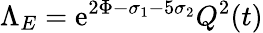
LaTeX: \Lambda_{E}=\mathrm{e}^{2\Phi-\sigma_{1}-5\sigma_{2}}Q^{2}(t)